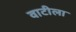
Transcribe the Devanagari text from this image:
वाटीला